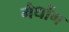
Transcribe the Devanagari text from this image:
गैधोंग